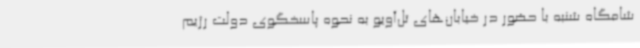
شامگاه شنبه با حضور در خیابان‌های تل‌آویو به نحوه پاسخگوی دولت رژیم